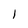
Character: l